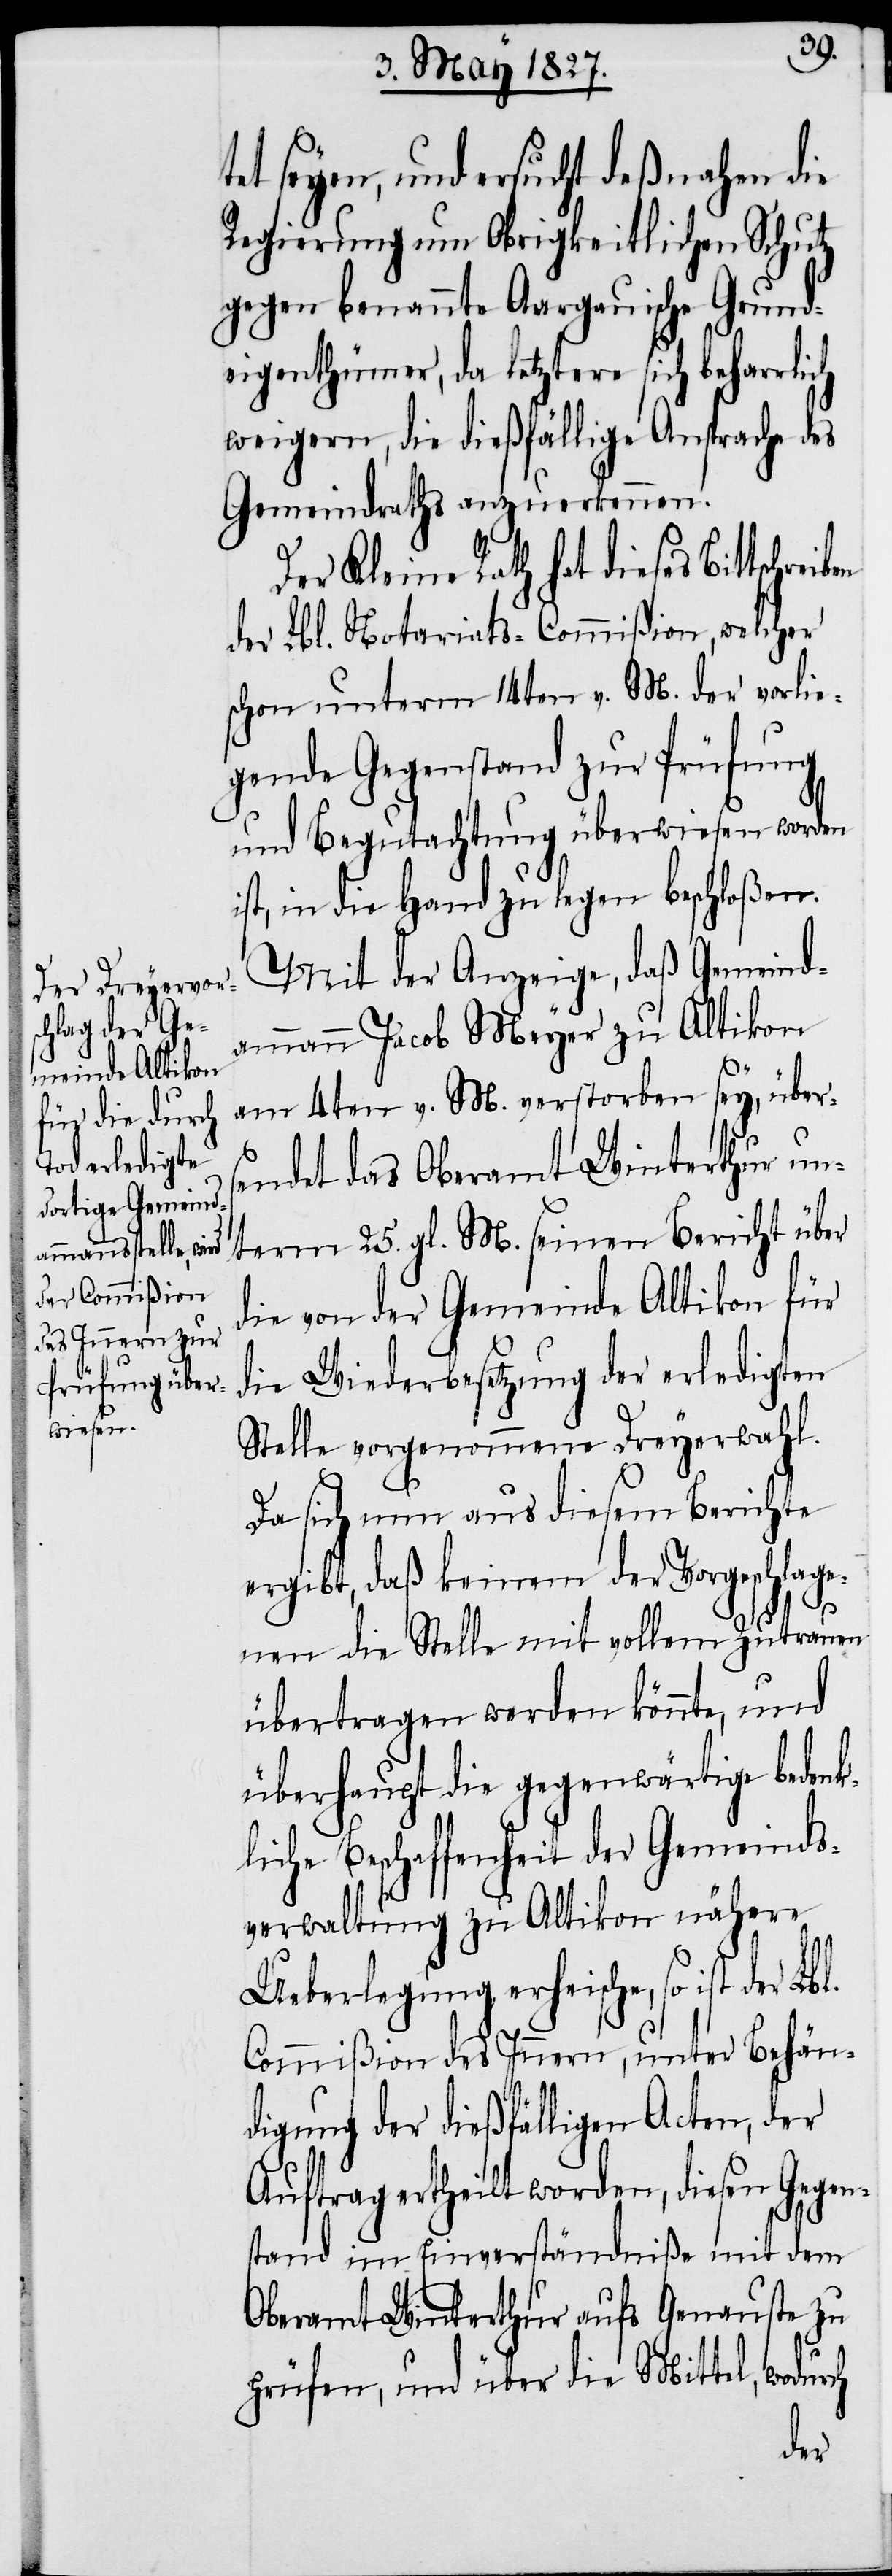
tet seyen, und ersucht deßnahen die
Regierung um Obrigkeitlichen Schutz
gegen benannte Aargauische Grund¬
eigenthümer, da letztere sich beharrlich
weigern, die dießfällige Ansprache des
Gemeindraths anzuerkennen.
Der Kleine Rath hat dieses
der Lbl. Notariats-Commißion, welcher
schon unterm 14ten v. M. der vorlie¬
gende Gegenstand zur Prüfung
und Begutachtung überwiesen worden
ist, in die Hand zu legen beschloßen.
Mit der Anzeige, daß Gemeind¬
ammann Jacob Meyer zu Altikon
am 4ten v. M. verstorben sey, übers¬
endet das Oberamt Winterthur un¬
term 25. gl. M. seinen Bericht über
die von der Gemeinde Altikon für
die Wiederbesetzung der erledigten
Stelle vorgenommene Dreyerwahl.
Da sich nun aus diesem Berichte
ergibt, daß keinem der Vorgeschlage¬
nen die Stelle mit vollem Zutrauen
übertragen werden könnte, und
überhaupt die gegenwärtige bedenk¬
liche Beschaffenheit der Gemeinds¬
verwaltung zu Altikon nähere
Ueberlegung erheische, so ist der
Commißion des Innern, unter Behän¬
digung der dießfälligen Acten, der
Auftrag ertheilt worden, diesen Gegen¬
stand im Einverständniße mit dem
Oberamt Winterthur aufs Genauste zu
prüfen, und über die Mittel, wodurch